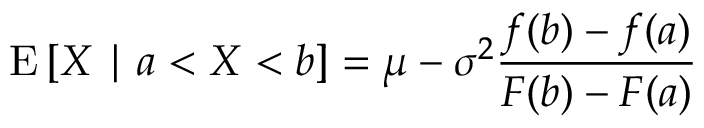
\operatorname { E } \left[ X \mid a < X < b \right] = \mu - \sigma ^ { 2 } { \frac { f ( b ) - f ( a ) } { F ( b ) - F ( a ) } }